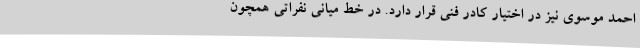
احمد موسوی نیز در اختیار کادر فنی قرار دارد. در خط میانی نفراتی همچون